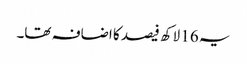
یہ 16 لاکھ فیصد کا اضافہ تھا۔